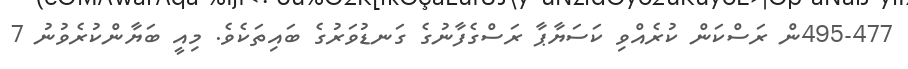
495-477ން ރަސްކަން ކުރެއްވި ކަސަޔާޕާ ރަސްގެފާނުގެ ގަނޑުވަރުގެ ބައިތަކެވެ. މިއީ ބަޔާންކުރެވުނު 7